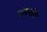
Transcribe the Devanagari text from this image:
नॉयनॉय